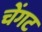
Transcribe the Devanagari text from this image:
चेंगट